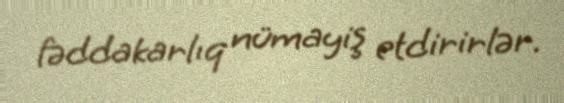
fəddakarlıq nümayiş etdirirlər.